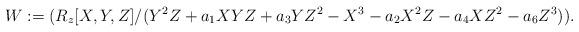
LaTeX: \begin{align*}W:=(R_{z}[X,Y,Z]/(Y^2Z+a_{1}XYZ+a_{3}YZ^2-X^3-a_{2}X^2Z-a_{4}XZ^2-a_{6}Z^3)).\end{align*}